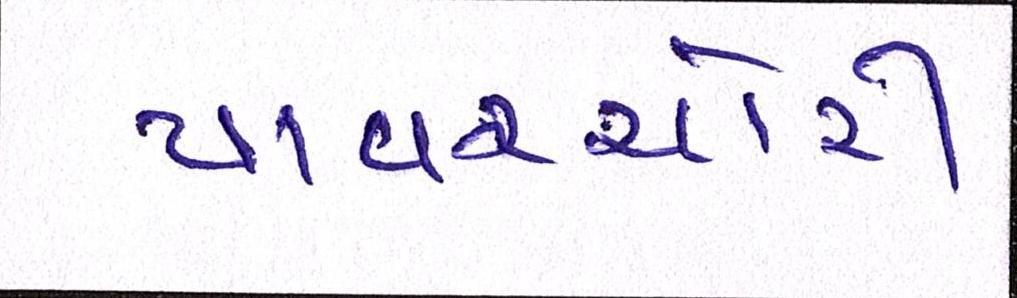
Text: પાવરચોરી